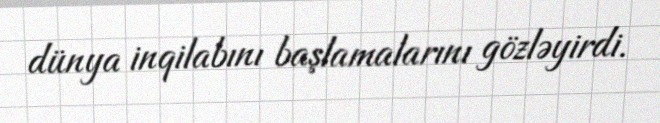
dünya inqilabını başlamalarını gözləyirdi.